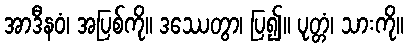
အာဒီနဝံ၊ အပြစ်ကို။ ဒဿေတွာ၊ ပြ၍။ ပုတ္တံ၊ သားကို။